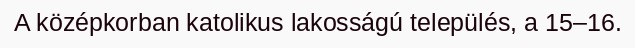
A középkorban katolikus lakosságú település, a 15–16.